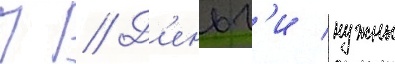
П // Д'еньг'и нужны